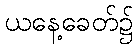
ယနေ့ခေတ်၌